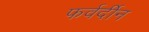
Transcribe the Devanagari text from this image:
फर्वर्दीन